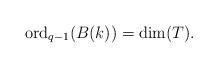
LaTeX: \begin{align*}\mathrm{ord}_{q-1}(B(k))=\dim(T). \end{align*}